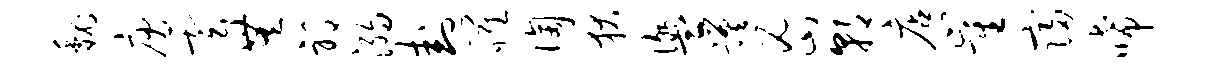
魏庾云无邪溺卦罹陶狄盥蹉密朝店崔寝唏